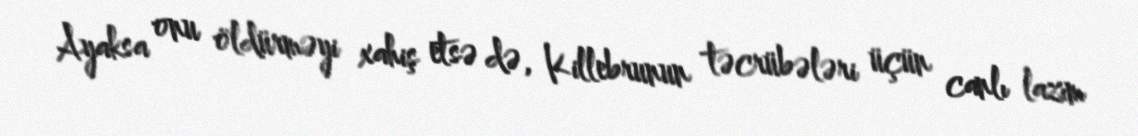
Ayaksa onu öldürməyi xahiş etsə də, Killebrunun təcrübələri üçün canlı lazım